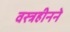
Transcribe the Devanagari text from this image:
वस्त्रहीनने